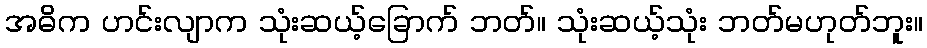
အဓိက ဟင်းလျာက သုံးဆယ့်ခြောက် ဘတ်။ သုံးဆယ့်သုံး ဘတ်မဟုတ်ဘူး။